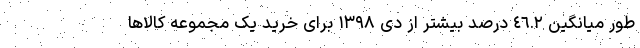
طور میانگین ٤٦.٢ درصد بیشتر از دی ١٣٩٨ برای خرید یک مجموعه کالاها